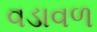
વડાવળ